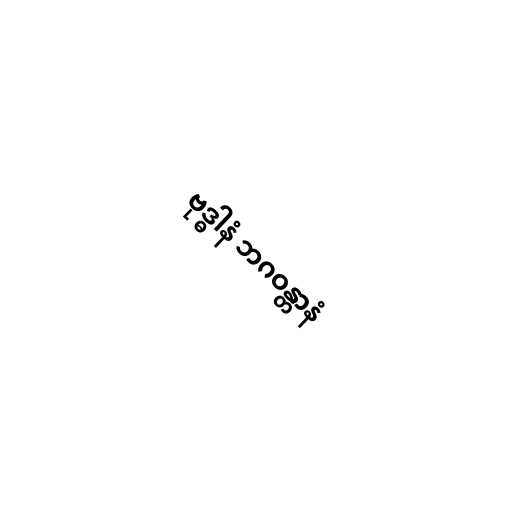
ဗုဒ္ဓါနံ ဘဂဝန္တာနံ